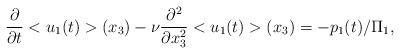
\begin{align*}\frac{\partial}{\partial t}<u_1(t)>(x_3)-\nu \frac{\partial^2}{\partial x_3^2}<u_1(t)>(x_3)=-p_1(t)/\Pi_1,\end{align*}